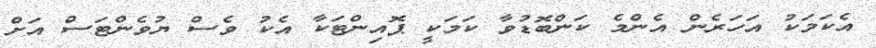
އެކަމަކު އަހަރެން އެންމެ ކަންބޮޑުވާ ކަމަކީ ޕޮއިންޓަކާ އެކު ވެސް ޔުވެންޓަސް އަށް